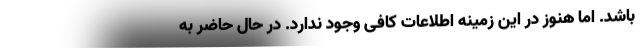
باشد. اما هنوز در این زمینه اطلاعات کافی وجود ندارد. در حال حاضر به